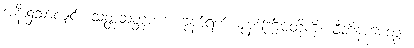
အနီး၌သာလျှင်။ သတ္တသတ္တာဟံ၊ ခုနစ်ရက် ခုနစ်ကြိမ်တို့ကို။ ဝီတိနာမေတွာ၊